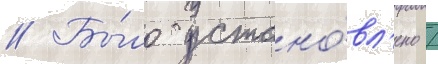
// Бы́ло устано́вл'ено /